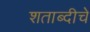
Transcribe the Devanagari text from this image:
शताब्दीचे